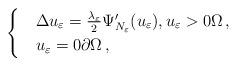
LaTeX: \begin{align*}\begin{cases}&\Delta u_\varepsilon=\frac{\lambda_\varepsilon}{2}\Psi'_{N_\varepsilon}(u_\varepsilon),u_\varepsilon>0\Omega\,,\\&u_\varepsilon=0\partial\Omega\,,\end{cases}\end{align*}